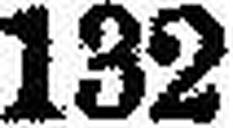
132